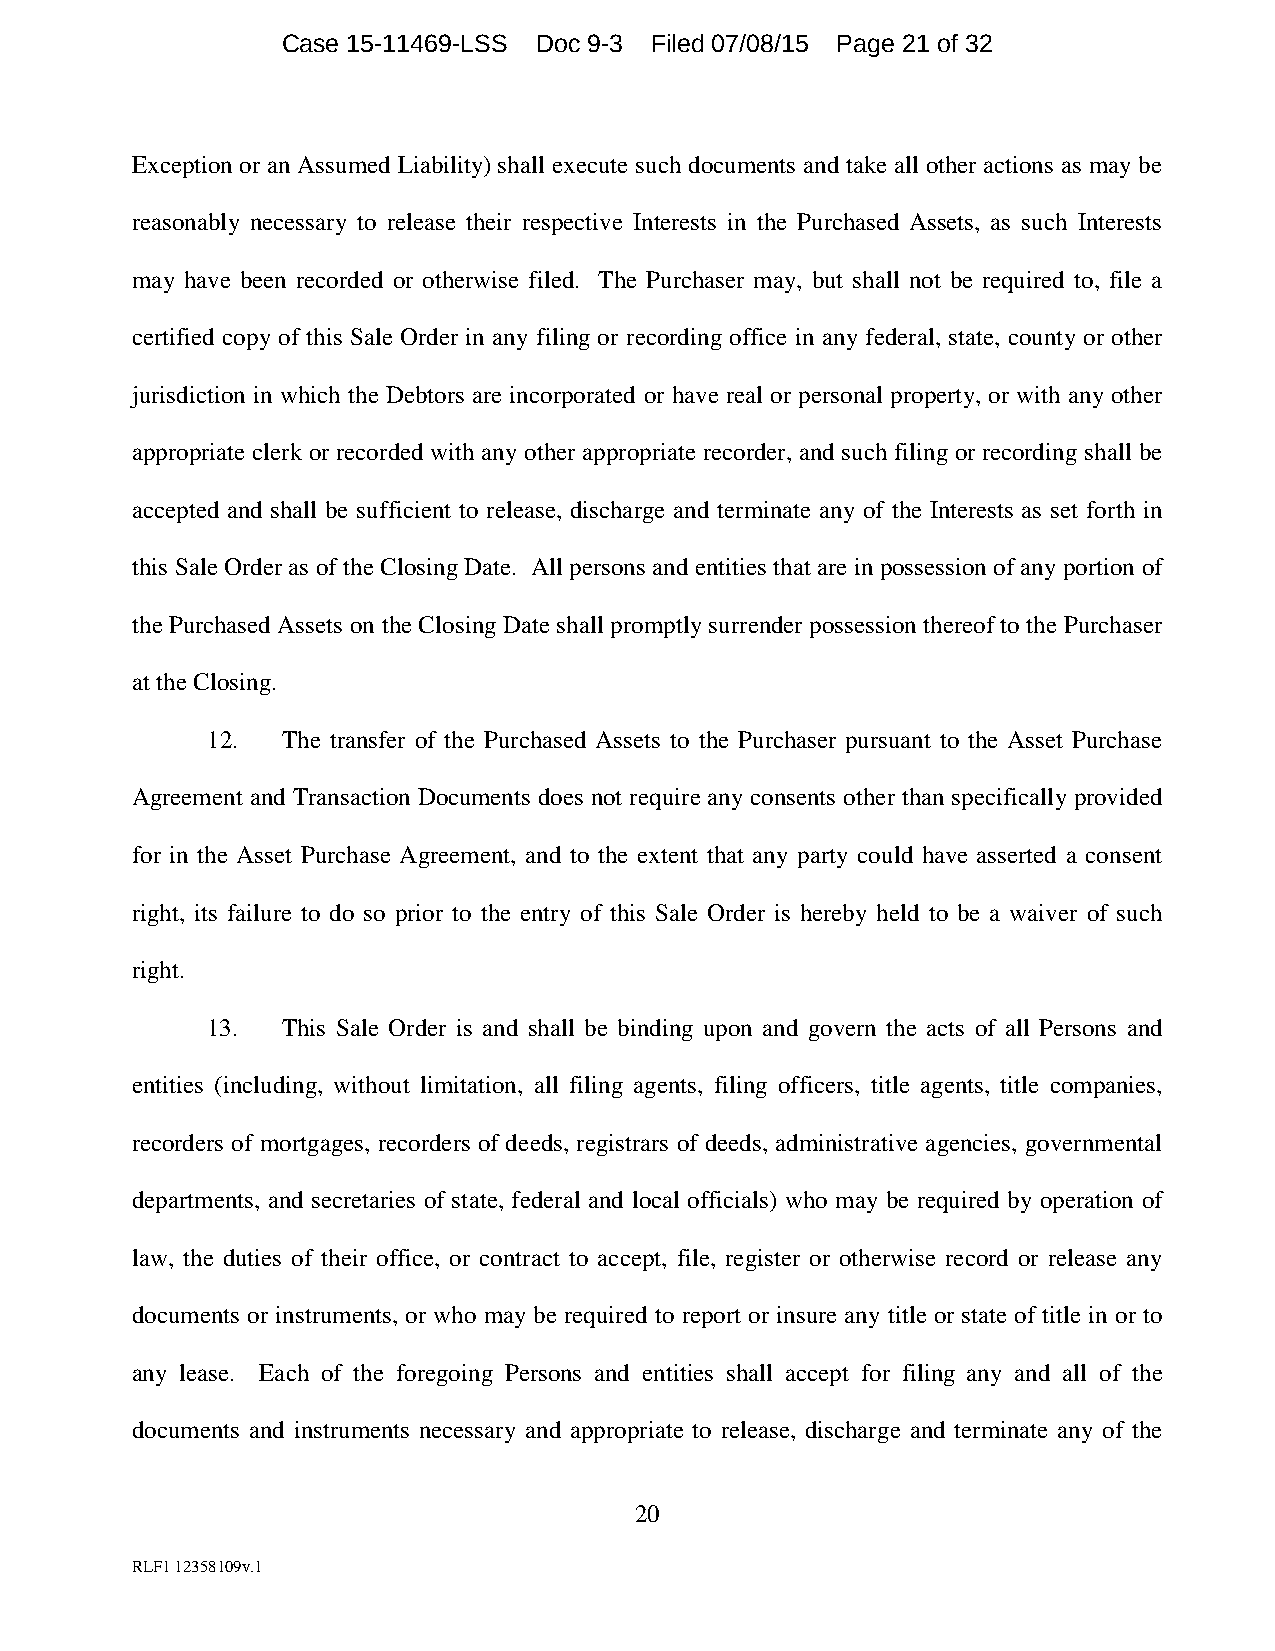
Case 15-11469-LSS Doc 9-3 Filed 07/08/15 Page 21 of 32
 Exception or an Assumed Liability) shall execute such documents and take all other actions as may be
 reasonably necessary to release their respective Interests in the Purchased Assets, as such Interests
 may have been recorded or otherwise filed. The Purchaser may, but shall not be required to, file a
 certified copy of this Sale Order in any filing or recording office in any federal, state, county or other
 jurisdiction in which the Debtors are incorporated or have real or personal property, or with any other
 appropriate clerk or recorded with any other appropriate recorder, and such filing or recording shall be
 accepted and shall be sufficient to release, discharge and terminate any of the Interests as set forth in
 this Sale Order as of the Closing Date. All persons and entities that are in possession of any portion of
 the Purchased Assets on the Closing Date shall promptly surrender possession thereof to the Purchaser
 at the Closing.
 12.  The transfer of the Purchased Assets to the Purchaser pursuant to the Asset Purchase
 Agreement and Transaction Documents does not require any consents other than specifically provided
 for in the Asset Purchase Agreement, and to the extent that any party could have asserted a consent
 right, its failure to do so prior to the entry of this Sale Order is hereby held to be a waiver of such
 right.
 13.  This Sale Order is and shall be binding upon and govern the acts of all Persons and
 entities (including, without limitation, all filing agents, filing officers, title agents, title companies,
 recorders of mortgages, recorders of deeds, registrars of deeds, administrative agencies, governmental
 departments, and secretaries of state, federal and local officials) who may be required by operation of
 law, the duties of their office, or contract to accept, file, register or otherwise record or release any
 documents or instruments, or who may be required to report or insure any title or state of title in or to
 any lease. Each of the foregoing Persons and entities shall accept for filing any and all of the
 documents and instruments necessary and appropriate to release, discharge and terminate any of the
 20
 RLF1 12358109v.1